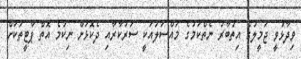
ވިދާޅުވީ ޖަމީލުގެ އިތުބާރު ނެތްކަމުގެ މައްސަލައަކީ ސަރުކާރާއި ދެކޮޅަށް ނިކުމެ އޮތް ޕާޓީތަކަށް